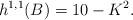
LaTeX: \begin{align*}h^{1,1}(B)=10-K^2.\end{align*}